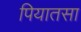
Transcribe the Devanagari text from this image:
पियातसा